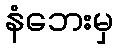
နံဘေးမှ